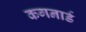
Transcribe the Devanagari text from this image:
कगनार्ड